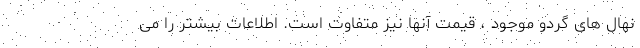
نهال های گردو موجود ، قیمت آنها نیز متفاوت است. اطلاعات بیشتر را می